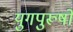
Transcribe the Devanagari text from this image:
युगपुरूषों